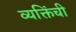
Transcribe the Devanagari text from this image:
व्यक्तिंची